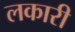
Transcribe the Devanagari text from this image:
लकारी